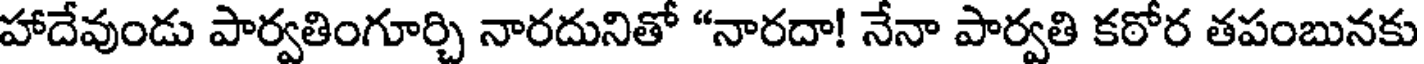
హాదేవుండు పార్వతింగూర్చి నారదునితో "నారదా! నేనా పార్వతి కఠోర తపంబునకు